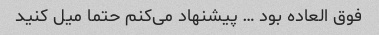
فوق العاده بود … پیشنهاد می‌کنم حتما میل کنید